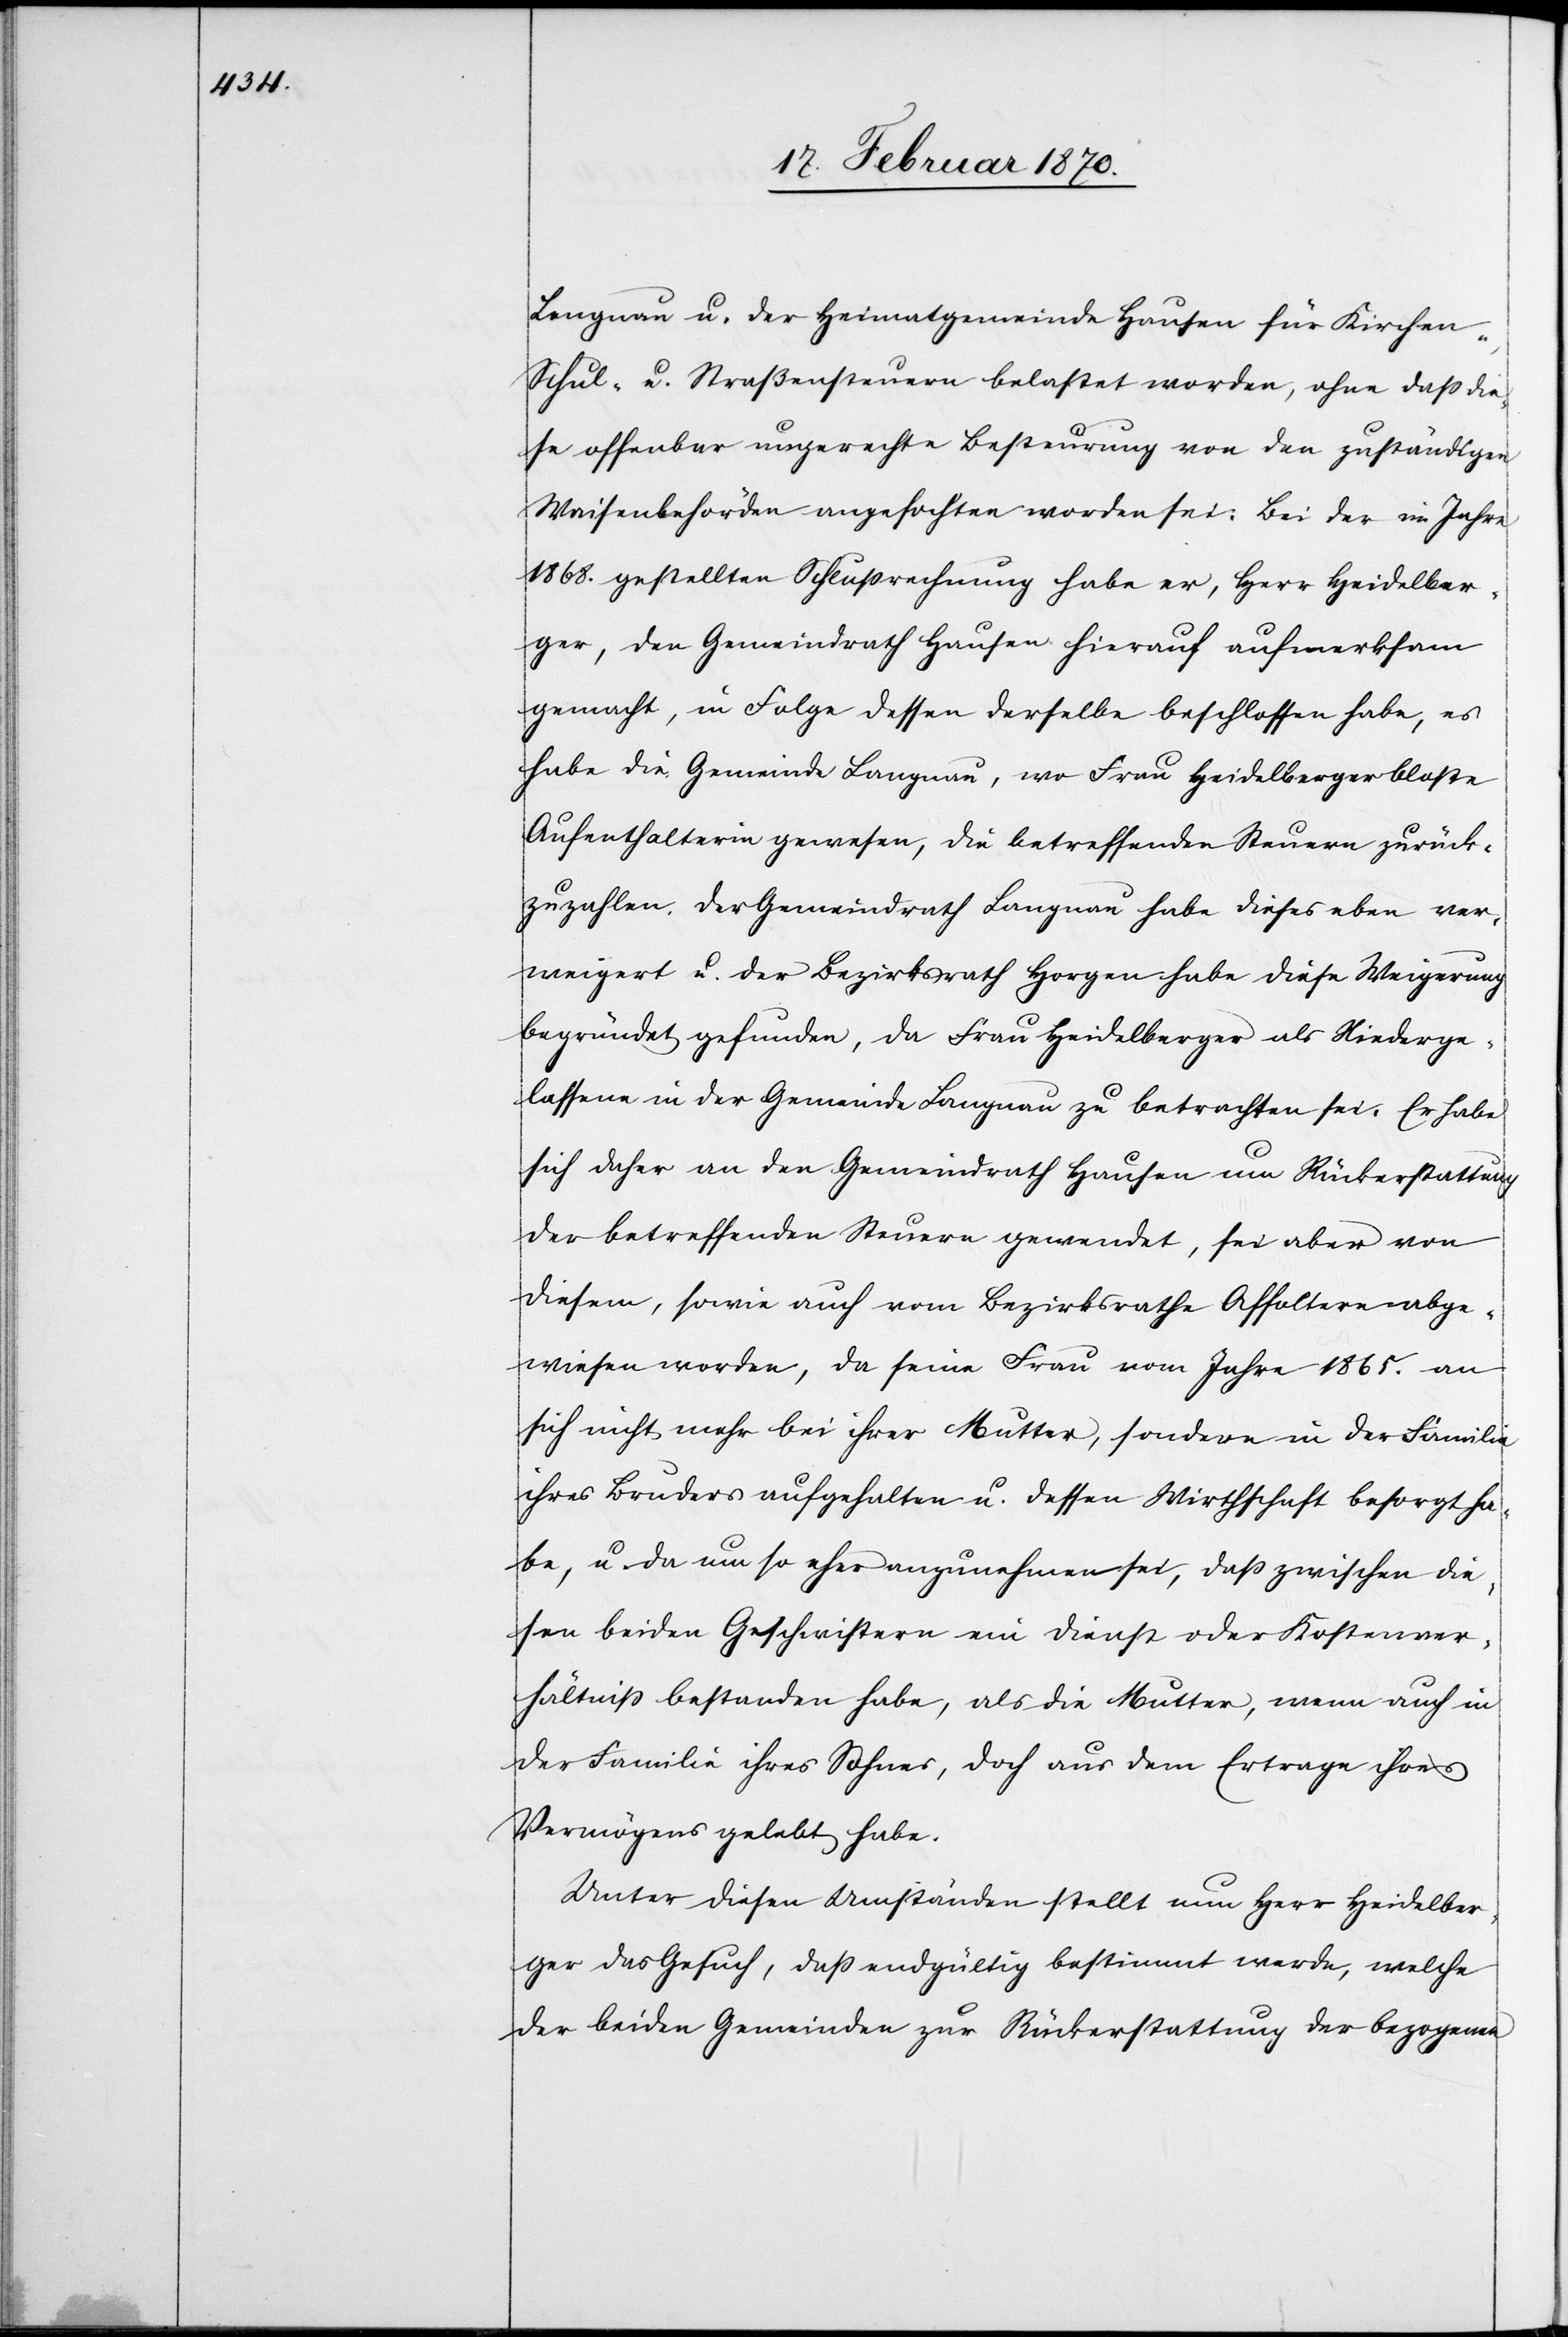
Lengnau u. der Heimatgemeinde Hausen für Kirchen-[,]
Schul- u. Straßensteuern belastet worden, ohne dass die¬
se offenbar ungerechte Besteurung von den zuständigen
Waisenbehörden angefochten worden sei: Bei der im Jahre
1868. gestellten Schlussrechung habe er, Herr Heidelber¬
ger, den Gemeindrath Hausen hierauf aufmerksam
gemacht, in Folge dessen derselbe beschlossen habe, es
habe die Gemeinde Langnau, wo Frau Heidelberger blosse
Aufenthalterin gewesen, die betreffenden Steuern zurück¬
zuzahlen. Der Gemeindrath Langnau habe dieses eben ver¬
weigert u. der Bezirksrath Horgen habe diese Weigerung
begründet gefunden, da Frau Heidelberger als Niederge¬
lassene in der Gemeinde Langnau zu betrachten sei. Er habe
sich daher an den Gemeindrath Hausen um Rückerstattung
der betreffenden Steuern gewendet, sei aber von
diesem, sowie auch vom Bezirksrathe Affoltern abge¬
wiesen worden, da seine Frau vom Jahre 1865. an
sich nicht mehr bei ihrer Mutter, sondern in der Familie
ihres Bruders aufgehalten u. dessen Wirthschaft besorgt ha¬
be, u. da um so eher anzunehmen sei, dass zwischen die¬
sen beiden Geschwistern ein Dienst oder Kostenver¬
hältniss bestanden habe, als die Mutter, wenn auch in
der Familie ihres Sohnes, doch aus dem Ertrage ihres
Vermögens gelebt habe.
Unter diesen Umständen stellt nun Herr Heidelber¬
ger das Gesuch, dass endgültig bestimmt werde, welche
der beiden Gemeinden zur Rückerstattung der bezogenen